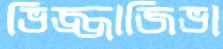
ভিজ্জাজিভা